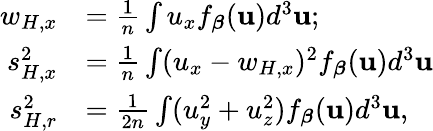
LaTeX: \begin{array}{rl}{w_{H,x}}&{=\frac{1}{n}\int u_{x}f_{\boldsymbol{\beta}}(\mathbf{u})d^{3}\mathbf{u};}\\ {s_{H,x}^{2}}&{=\frac{1}{n}\int(u_{x}-w_{H,x})^{2}f_{\boldsymbol{\beta}}(\mathbf{u})d^{3}\mathbf{u}}\\ {s_{H,r}^{2}}&{=\frac{1}{2n}\int(u_{y}^{2}+u_{z}^{2})f_{\boldsymbol{\beta}}(\mathbf{u})d^{3}\mathbf{u},}\end{array}